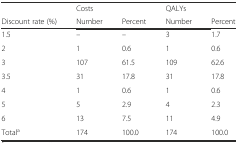
<table><thead><tr><td></td><td><b>Costs</b></td><td></td><td><b>QALYs</b></td><td></td></tr><tr><td><b>Discount rate (%)</b></td><td><b>Number</b></td><td><b>Percent</b></td><td><b>Number</b></td><td><b>Percent</b></td></tr></thead><tbody><tr><td>1.5</td><td>–</td><td>–</td><td>3</td><td>1.7</td></tr><tr><td>2</td><td>1</td><td>0.6</td><td>1</td><td>0.6</td></tr><tr><td>3</td><td>107</td><td>61.5</td><td>109</td><td>62.6</td></tr><tr><td>3.5</td><td>31</td><td>17.8</td><td>31</td><td>17.8</td></tr><tr><td>4</td><td>1</td><td>0.6</td><td>1</td><td>0.6</td></tr><tr><td>5</td><td>5</td><td>2.9</td><td>4</td><td>2.3</td></tr><tr><td>6</td><td>13</td><td>7.5</td><td>11</td><td>4.9</td></tr><tr><td>Total<sup>a</sup></td><td>174</td><td>100.0</td><td>174</td><td>100.0</td></tr></tbody></table>